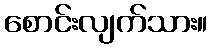
စောင်းလျက်သား။